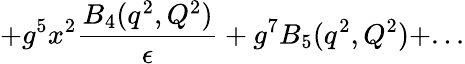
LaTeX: +g^{5}x^{2}{\frac{B_{4}(q^{2},Q^{2})}{\epsilon}}+g^{7}B_{5}(q^{2},Q^{2})+...